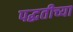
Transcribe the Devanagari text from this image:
पद्घतीच्या